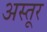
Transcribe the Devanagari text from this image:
अस्तूर